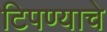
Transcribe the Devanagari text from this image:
टिपण्याचे